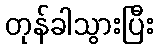
တုန်ခါသွားပြီး